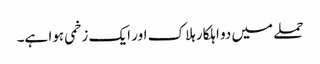
حملے میں دو اہلکار ہلاک اور ایک زخمی ہوا ہے۔